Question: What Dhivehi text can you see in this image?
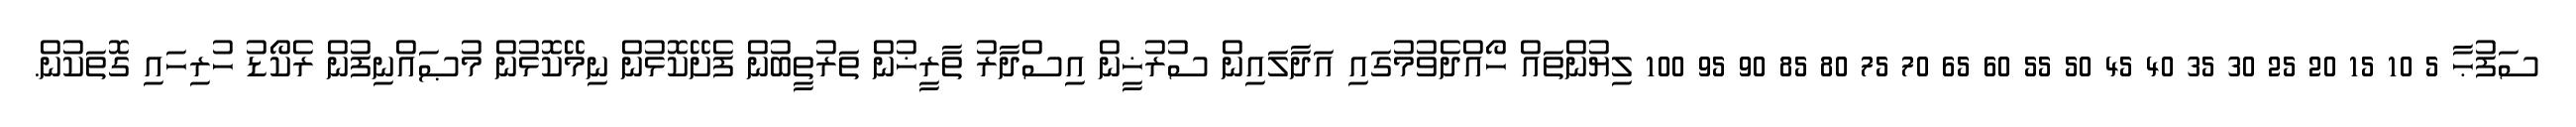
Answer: ސަފުޙާ 5 10 15 20 25 30 35 40 45 50 55 60 65 70 75 80 85 90 95 100 ލިޔުންތައް ހޯއްދެވުމުގައި އަދާލައިން ސުރުޚީން އިސްދާރު ތާރީޚުން ތަރުތީބުން ފެށޭކޮޅުން ނިމޭކޮޅުން މުޞައްނިފުން ރެކޯޑު ހުރިހައި ގޮތަކުން.